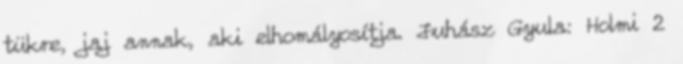
tükre, jaj annak, aki elhomályosítja. Juhász Gyula: Holmi 2